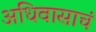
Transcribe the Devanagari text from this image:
अधिवासाचं